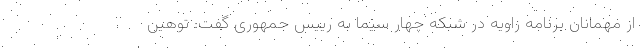
از مهمانان برنامه زاویه در شبکه چهار سیما به رییس جمهوری گفت: توهین